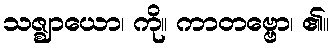
သဇ္ဈာယော၊ ကို။ ကာတဗ္ဗော၊ ၏။